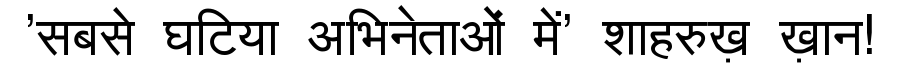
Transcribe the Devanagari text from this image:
'सबसे घटिया अभिनेताओं में' शाहरुख़ ख़ान!